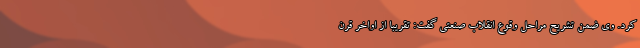
کرد. وی ضمن تشریح مراحل وقوع انقلاب صنعتی گفت: تقریبا از اواخر قرن